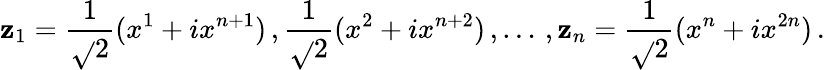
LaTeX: \mathbf{z}_{1}=\frac{{1}}{{\sqrt{}{{2}}}}(x^{1}+ix^{n+1})\, ,\frac{{1}}{{\sqrt{}{{2}}}}(x^{2}+ix^{n+2})\, ,\dots\, ,\mathbf{z}_{n}=\frac{{1}}{{\sqrt{}{{2}}}}(x^{n}+ix^{2n})\, .